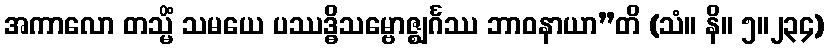
အကာလော တသ္မိံ သမယေ ပဿဒ္ဓိသမ္ဗောဇ္ဈင်္ဂဿ ဘာဝနာယာ”တိ (သံ။ နိ။ ၅။၂၃၄)